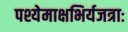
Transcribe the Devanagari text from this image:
पश्येमाक्षभिर्यजत्राः